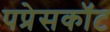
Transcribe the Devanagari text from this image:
पप्रेसकॉट